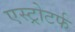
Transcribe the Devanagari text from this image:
एस्ट्रोटर्फ